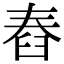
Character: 舂